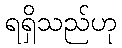
ရရှိသည်ဟု